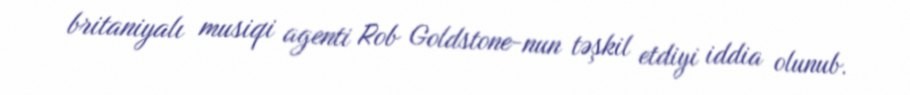
britaniyalı musiqi agenti Rob Goldstone-nun təşkil etdiyi iddia olunub.